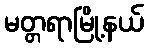
မတ္တရာမြို့နယ်